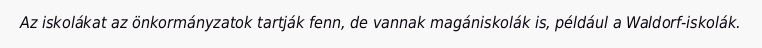
Az iskolákat az önkormányzatok tartják fenn, de vannak magániskolák is, például a Waldorf-iskolák.